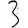
Digit: 3